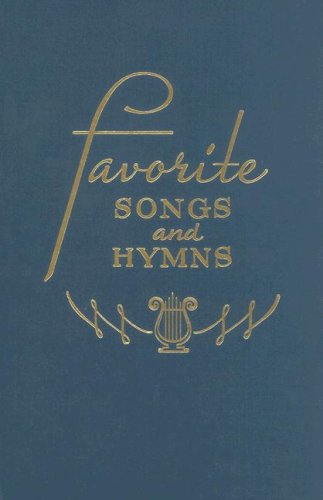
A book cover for Favorite Songs and Hymns: A Complete Church Hymnal; Christian Books & Bibles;